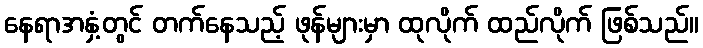
နေရာအနှံ့တွင် တက်နေသည့် ဖုန်များမှာ ထုလိုက် ထည်လိုက် ဖြစ်သည်။